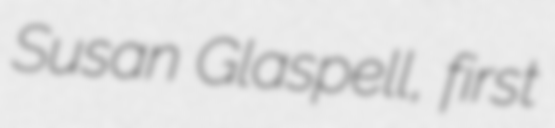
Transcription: Susan Glaspell, first